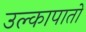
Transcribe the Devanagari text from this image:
उल्कापातों